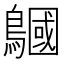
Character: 𪅦